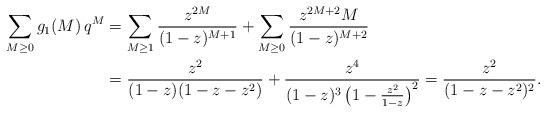
LaTeX: \begin{align*} \sum_{M\geq0}g_1(M)\,q^M&=\sum_{M\geq1}\frac{z^{2M}}{(1-z)^{M+1}}+\sum_{M\geq0}\frac{z^{2M+2}M}{(1-z)^{M+2}} \\&=\frac{z^2}{(1-z)(1-z-z^2)}+\frac{z^4}{(1-z)^3\left(1-\frac{z^2}{1-z}\right)^2} =\frac{z^2}{(1-z-z^2)^2}. \end{align*}